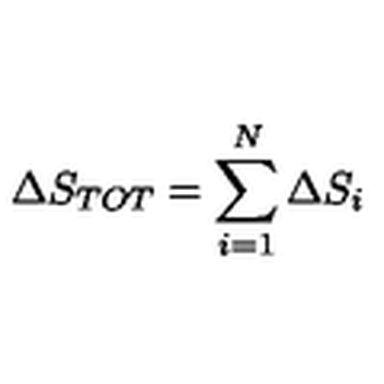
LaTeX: { \Delta } S _ { T O T } = \sum _ { i = 1 } ^ { N } { \Delta } S _ { i }